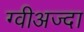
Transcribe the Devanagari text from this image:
ग्वीअज्दा